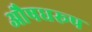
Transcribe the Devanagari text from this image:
औषधरूप